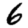
Digit: 6